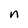
Character: n